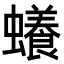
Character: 𧓲